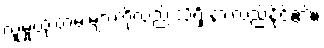
လူမှုထုံးတမ်းများကိုလည်းသိရှိ နားလည်နိုင်၏။